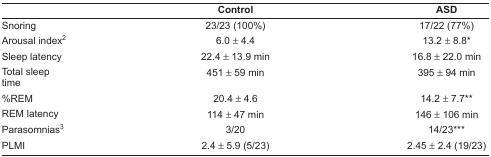
|  | Control | ASD |
 | --- | --- | --- |
 | Snoring | 23/23 (100%) | 17/22 (77%) |
 | Arousal index2 | 6.0 ± 4.4 | 13.2 ± 8.8* |
 | Sleep latency | 22.4 ± 13.9 min | 16.8 ± 22.0 min |
 | Total sleep time | 451 ± 59 min | 395 ± 94 min |
 | %REM | 20.4 ± 4.6 | 14.2 ± 7.7** |
 | REM latency | 114 ± 47 min | 146 ± 106 min |
 | Parasomnias3 | 3/20 | 14/23*** |
 | PLMI | 2.4 ± 5.9 (5/23) | 2.45 ± 2.4 (19/23) |